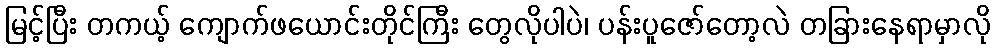
မြင့်ပြီး တကယ့် ကျောက်ဖယောင်းတိုင်ကြီး တွေလိုပါပဲ၊ ပန်းပူဇော်တော့လဲ တခြားနေရာမှာလို